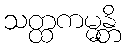
သတ္ထကမ္မန္တိ